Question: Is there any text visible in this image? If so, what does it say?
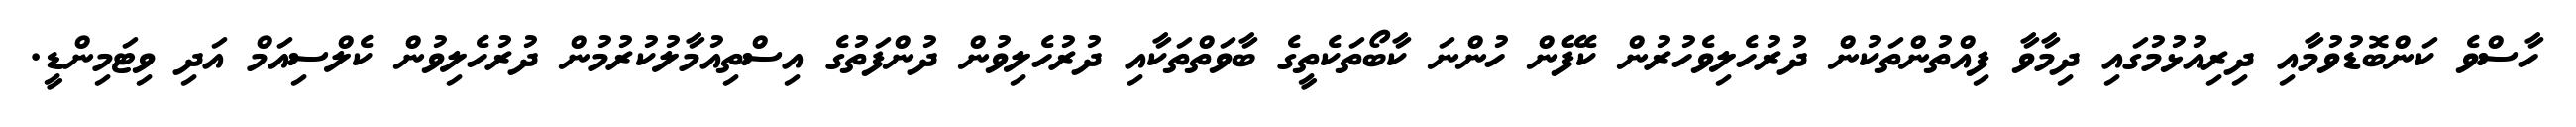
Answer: ހާސްވެ ކަންބޮޑުވުމާއި ދިރިއުޅުމުގައި ދިމާވާ ފިއްތުންތަކުން ދުރުހެލިވެހުރުން ކެފޭން ހުންނަ ކާބޯތަކެތީގެ ބާވަތްތަކާއި ދުރުހެލިވުން ދުންފަތުގެ އިސްތިއުމާލުކުރުމުން ދުރުހެލިވުން ކެލްސިއަމް އަދި ވިޓަމިންޑީ.